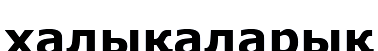
халықаларық